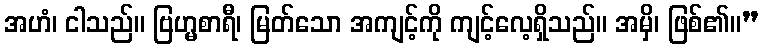
အဟံ၊ ငါသည်။ ဗြဟ္မစာရီ၊ မြတ်သော အကျင့်ကို ကျင့်လေ့ရှိသည်။ အမှိ၊ ဖြစ်၏။”